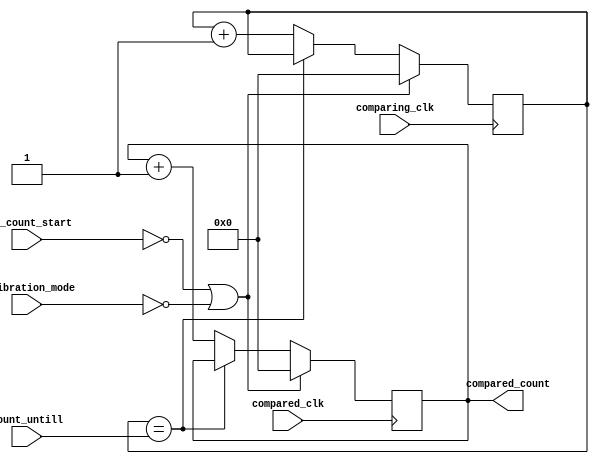
module clk_count_compare (
                input 		  comparing_clk,
		input 		  compared_clk,
		input 		  calibration_mode,
		input 		  clk_count_start,
		input [14:0] 	  count_untill,
		output reg [14:0] compared_count);


   reg [14:0] 			   comparing_clk_count;
   
   always @(posedge comparing_clk)  begin
      comparing_clk_count <= (clk_count_start == 0 | calibration_mode == 0) ? 0 :  ( ( comparing_clk_count == count_untill) ? comparing_clk_count : comparing_clk_count + 1);
      
   end

   always @(posedge compared_clk)  begin
      compared_count <= (clk_count_start == 0 | calibration_mode == 0 ) ? 0 : ( ( comparing_clk_count == count_untill) ? compared_count : compared_count + 1 ) ;
      
   end

   
   
endmodule